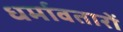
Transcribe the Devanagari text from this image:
धर्मावतारों